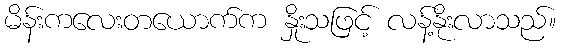
မိန်းကလေးတယောက်က နှိုးသဖြင့် လန့်နိုးလာသည်။